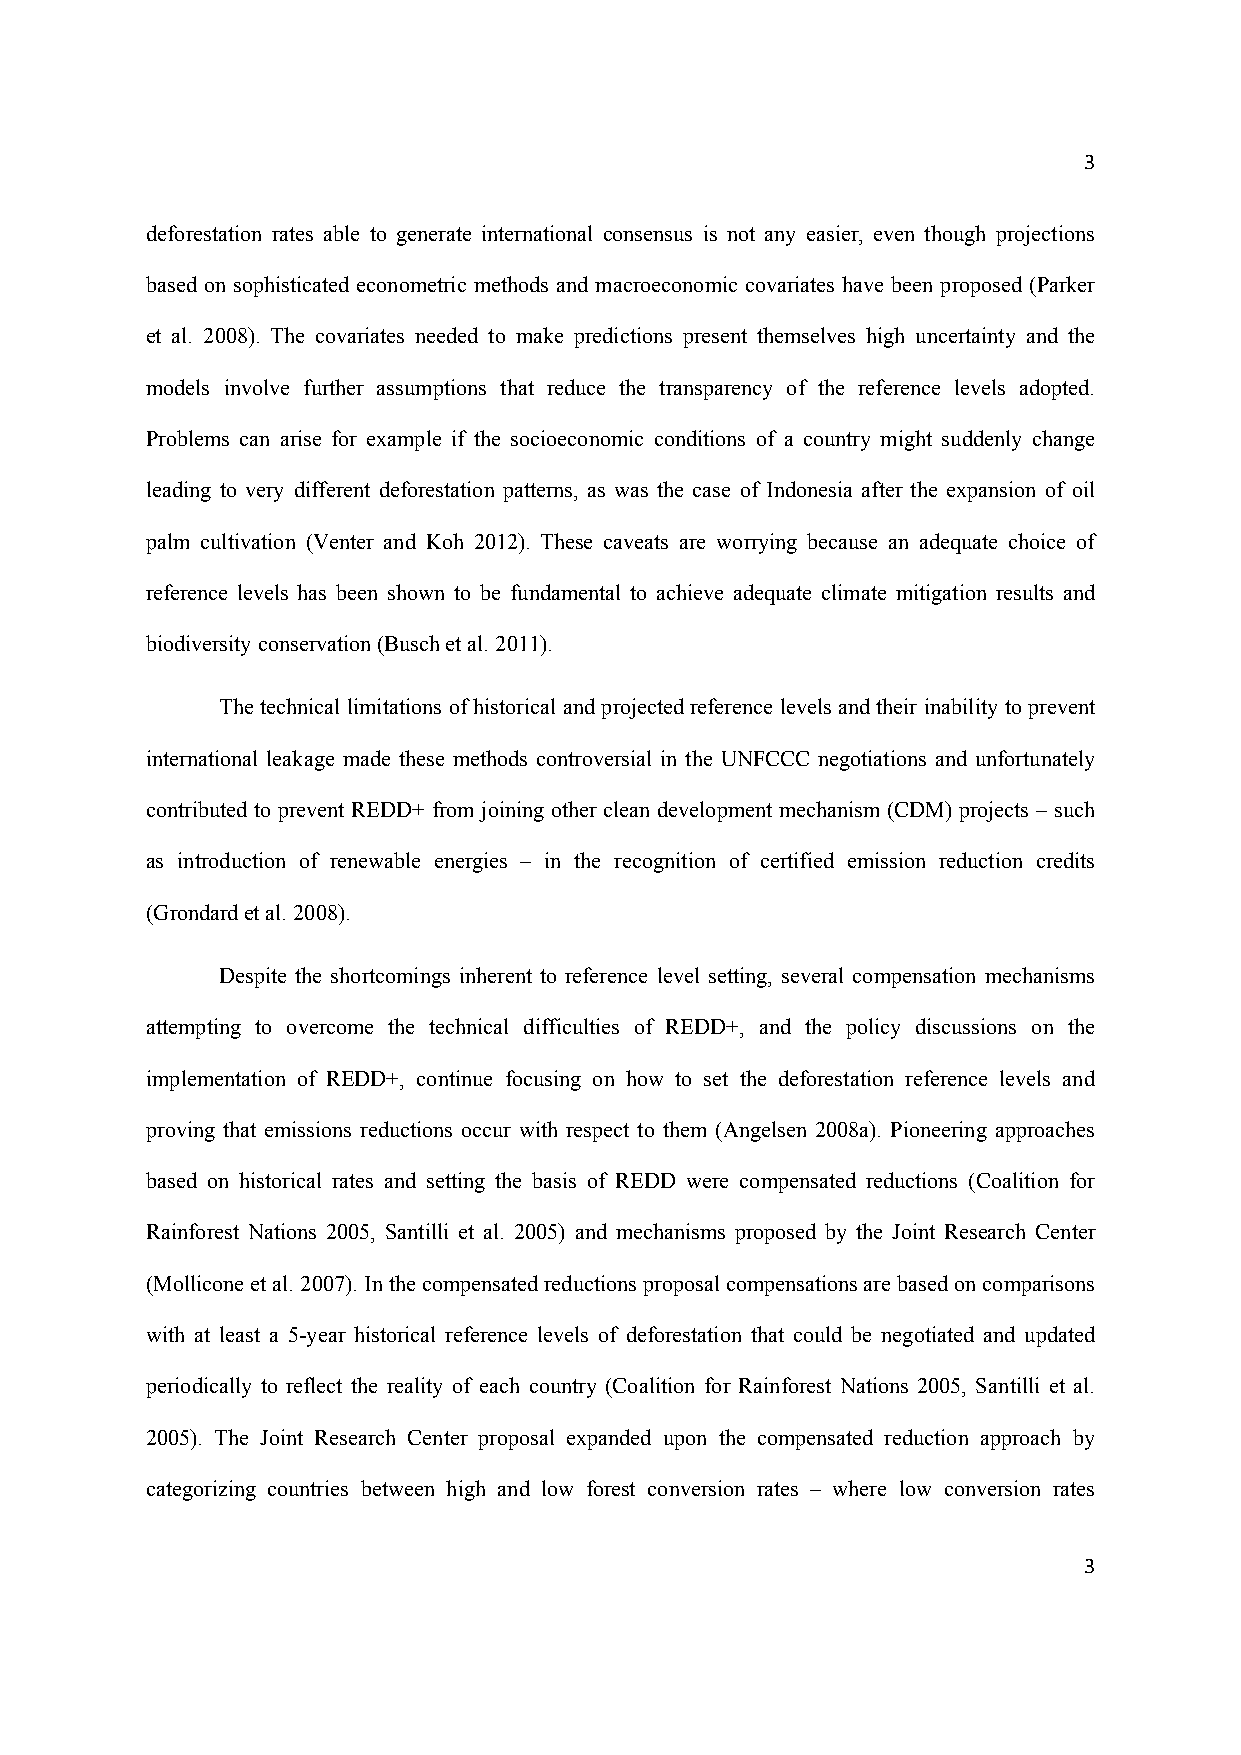
3
 deforestation rates able to generate international consensus is not any easier, even though projections
 based on sophisticated econometric methods and macroeconomic covariates have been proposed (Parker
 et al. 2008). The covariates needed to make predictions present themselves high uncertainty and the
 models involve further assumptions that reduce the transparency of the reference levels adopted.
 Problems can arise for example if the socioeconomic conditions of a country might suddenly change
 leading to very different deforestation patterns, as was the case of Indonesia after the expansion of oil
 palm cultivation (Venter and Koh 2012). These caveats are worrying because an adequate choice of
 reference levels has been shown to be fundamental to achieve adequate climate mitigation results and
 biodiversity conservation (Busch et al. 2011).
 The technical limitations of historical and projected reference levels and their inability to prevent
 international leakage made these methods controversial in the UNFCCC negotiations and unfortunately
 contributed to prevent REDD+ from joining other clean development mechanism (CDM) projects – such
 as introduction of renewable energies – in the recognition of certified emission reduction credits
 (Grondard et al. 2008).
 Despite the shortcomings inherent to reference level setting, several compensation mechanisms
 attempting to overcome the technical difficulties of REDD+, and the policy discussions on the
 implementation of REDD+, continue focusing on how to set the deforestation reference levels and
 proving that emissions reductions occur with respect to them (Angelsen 2008a). Pioneering approaches
 based on historical rates and setting the basis of REDD were compensated reductions (Coalition for
 Rainforest Nations 2005, Santilli et al. 2005) and mechanisms proposed by the Joint Research Center
 (Mollicone et al. 2007). In the compensated reductions proposal compensations are based on comparisons
 with at least a 5-year historical reference levels of deforestation that could be negotiated and updated
 periodically to reflect the reality of each country (Coalition for Rainforest Nations 2005, Santilli et al.
 2005). The Joint Research Center proposal expanded upon the compensated reduction approach by
 categorizing countries between high and low forest conversion rates – where low conversion rates
 3